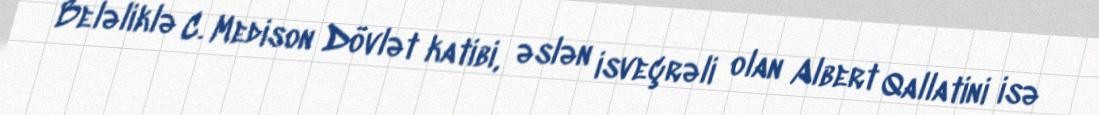
Beləliklə C. Medison Dövlət katibi, əslən isveçrəli olan Albert Qallatini isə